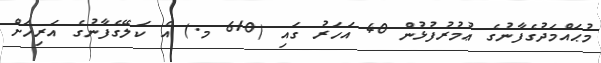
މުޙައްމަދުގެފާނުގެ ޢުމުރުފުޅުން 40 އަހަރު ގައި (610 މ.) އެ ކަލޭގެފާނުގެ އަރިހަށް